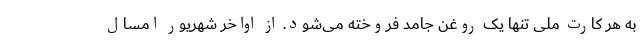
به هر کارت ملی تنها یک روغن جامد فروخته می‌شود. از اواخر شهریور امسال